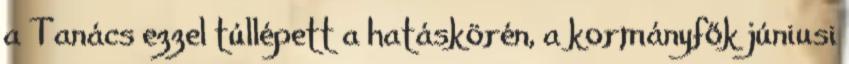
a Tanács ezzel túllépett a hatáskörén, a kormányfők júniusi